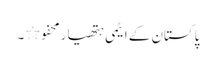
پاکستان کے ایٹمی ہتھیار محفو٭۔